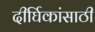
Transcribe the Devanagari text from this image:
दीर्घिकांसाठी